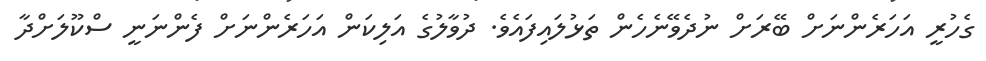
ގެހުރީ އަހަރެންނަށް ބޭރަށް ނުދެވޭނެހެން ތަޅުލައިފައެވެ. ދުވާލުގެ އަލިކަން އަހަރެންނަށް ފެންނަނީ ސްކޫލަށްދާ